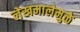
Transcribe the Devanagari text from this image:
लेखमालेमुळे